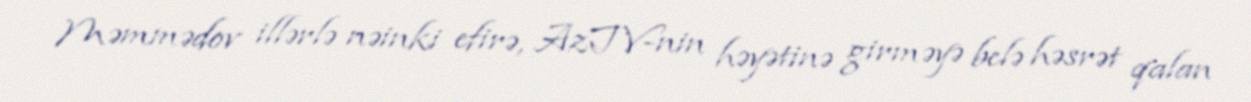
Məmmədov illərlə nəinki efirə, AzTV-nin həyətinə girməyə belə həsrət qalan